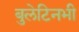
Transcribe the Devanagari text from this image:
बुलेटिनभी